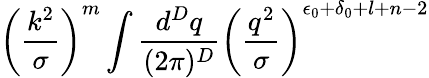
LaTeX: \left(\frac{k^{2}}{\sigma}\right)^{m}\int\frac{d^{D}q}{(2\pi)^{D}}\left(\frac{q^{2}}{\sigma}\right)^{\epsilon_{0}+\delta_{0}+l+n-2}